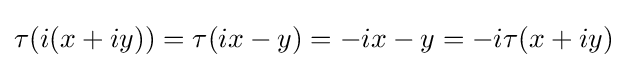
\tau (i(x+iy))=\tau (ix-y)=-ix-y=-i\tau (x+iy)